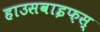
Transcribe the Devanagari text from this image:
हाउसवाइफ़स्